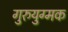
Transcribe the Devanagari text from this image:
गुरुयुग्मक